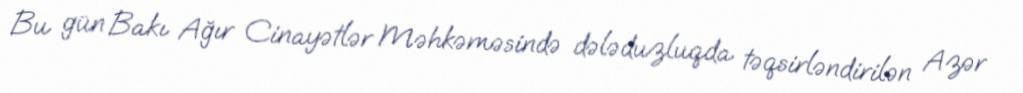
Bu gün Bakı Ağır Cinayətlər Məhkəməsində dələduzluqda təqsirləndirilən Azər